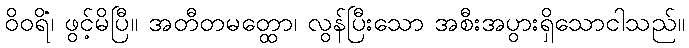
ဝိဝရိံ၊ ဖွင့်မိပြီ။ အတီတမတ္ထော၊ လွန်ပြီးသော အစီးအပွားရှိသောငါသည်။